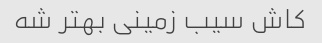
کاش سیب زمینی بهتر شه